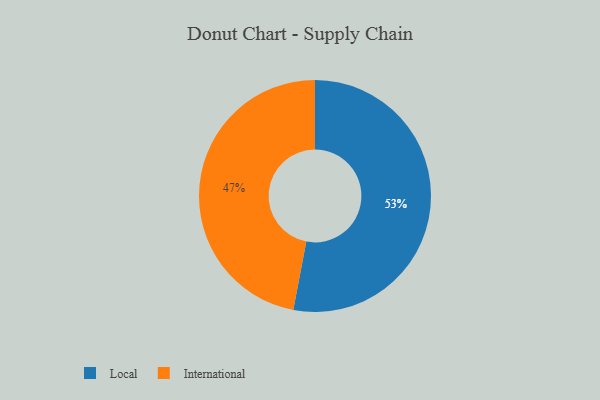
{"axis": {"x": "Category", "y": "Percentage"}, "legend": ["International", "Local"], "data": [{"x": "Local", "y": 53, "type": "Local"}, {"x": "International", "y": 47, "type": "International"}]}